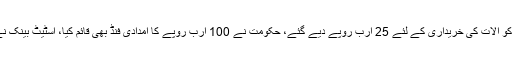
معاشی اقدامات سے بتایا گیا ہے کہ 1200 ارب روپے کا پیکیج کا اعلان کیا گیا، این ڈی ایم اے کو آلات کی خریداری کے لئے 25 ارب روپے دیے گئے، حکومت نے 100 ارب روپے کا امدادی فنڈ بھی قائم کیا، اسٹیٹ بینک نے دو مرتبہ شرح سود میں کمی کااعلان کیا، نجی شعبے کے لئے اصلاحات کا بھی اعلان کیا گیا۔